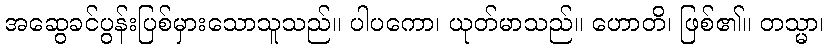
အဆွေခင်ပွန်းပြစ်မှားသောသူသည်။ ပါပကော၊ ယုတ်မာသည်။ ဟောတိ၊ ဖြစ်၏။ တသ္မာ၊